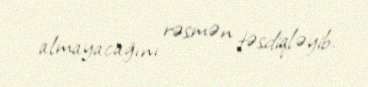
almayacağını rəsmən təsdiqləyib.